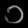
Digit: ၁